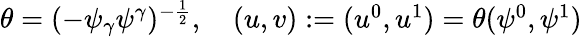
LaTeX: \begin{array}{r}{\theta=(-\psi_{\gamma}\psi^{\gamma})^{-\frac{1}{2}},\quad(u,v):=(u^{0},u^{1})=\theta(\psi^{0},\psi^{1})}\end{array}